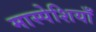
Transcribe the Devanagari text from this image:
मास्पेशियाँ